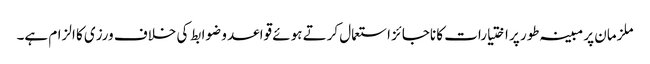
ملزمان پر مبینہ طور پر اختیارات کا ناجائز استعمال کرتے ہوئے قواعد و ضوابط کی خلاف ورزی کا الزام ہے۔